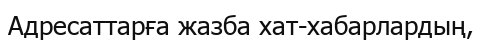
Адресаттарға жазба хат-хабарлардың,